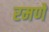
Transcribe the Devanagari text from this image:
रमणे